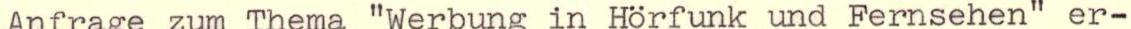
Anfrage zum Thema "Werbung in Hörfunk und Fernsehen" er-